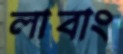
লাবাং